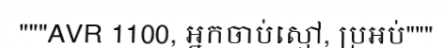
"""AVR 1100, អ្នកចាប់ស្មៅ, ប្រអប់"""